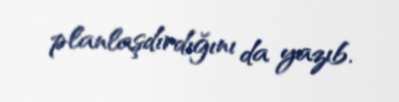
planlaşdırdığını da yazıb.